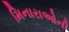
મિનારાઓની